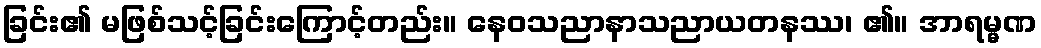
ခြင်း၏ မဖြစ်သင့်ခြင်းကြောင့်တည်း။ နေဝသညာနာသညာယတနဿ၊ ၏။ အာရမ္မဏ